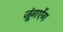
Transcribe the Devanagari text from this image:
जूंगऐंग